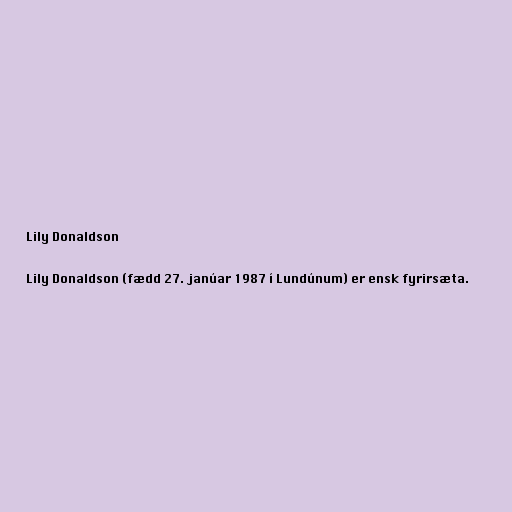
Lily Donaldson

Lily Donaldson (fædd 27. janúar 1987 í Lundúnum) er ensk fyrirsæta.